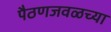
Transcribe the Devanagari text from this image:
पैठणजवळच्या